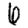
Digit: 6